Lunatic asylums Central Provinces reports 1874-1885 - 1874-1885
Year: 1874
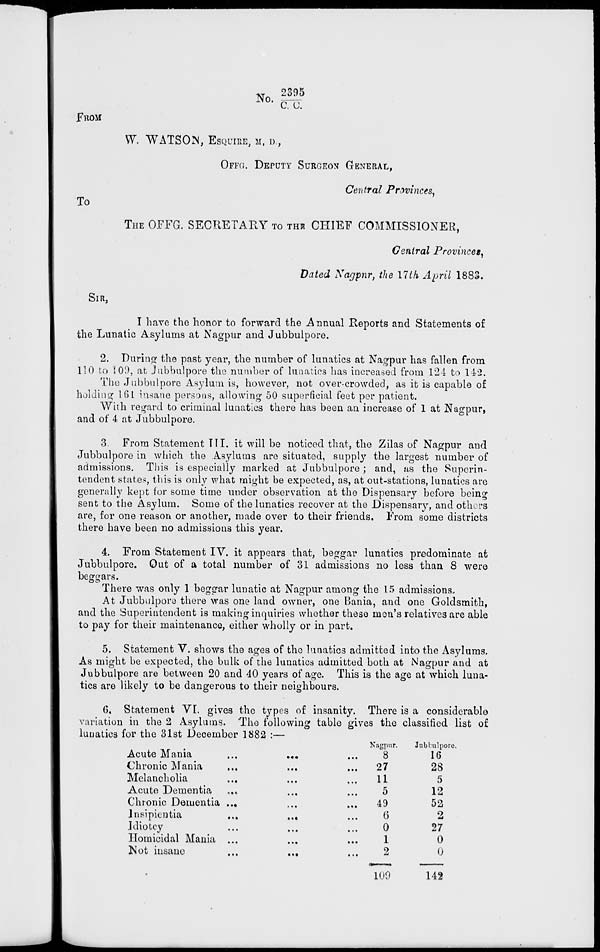
No. 2395/C.C.
FROM
W. WATSON, ESQUIRE, M, D.,
OFFG. DEPUTY SURGEON GENERAL,
Central Provinces,
To
THE OFFG. SECRETARY TO THE CHIEF COMMISSIONER,
Central Provinces,
Dated Nagpur, the 17th April 1883.
SIR,
I have the honor to forward the Annual Reports and Statements of
the Lunatic Asylums at Nagpur and Jubbulpore.
2. During the past year, the number of lunatics at Nagpur has fallen from
110 to 109, at Jubbulpore the number of lunatics has increased from 124 to 142.
The Jubbulpore Asylum is, however, not over-crowded, as it is capable of
holding 161 insane persons, allowing 50 superficial feet per patient.
With regard to criminal lunatics there has been an increase of 1 at Nagpur,
and of 4 at Jubbulpore.
3. From Statement III. it will be noticed that, the Zilas of Nagpur and
Jubbulpore in which the Asylums are situated, supply the largest number of
admissions. This is especially marked at Jubbulpore; and, as the Superin-
tendent states, this is only what might be expected, as, at out-stations, lunatics are
generally kept for some time under observation at the Dispensary before being
sent to the Asylum. Some of the lunatics recover at the Dispensary, and others
are, for one reason or another, made over to their friends. From some districts
there have been no admissions this year.
4. From Statement IV. it appears that, beggar lunatics predominate at
Jubbulpore. Out of a total number of 31 admissions no less than 8 were
beggars.
There was only 1 beggar lunatic at Nagpur among the 15 admissions.
At Jubbulpore there was one land owner, one Bania, and one Goldsmith,
and the Superintendent is making inquiries whether these men's relatives are able
to pay for their maintenance, either wholly or in part.
5. Statement V. shows the ages of the lunatics admitted into the Asylums.
As might be expected, the bulk of the lunatics admitted both at Nagpur and at
Jubbulpore are between 20 and 40 years of age. This is the age at which luna-
tics are likely to be dangerous to their neighbours.
6. Statement VI. gives the types of insanity. There is a considerable
variation in the 2 Asylums. 'The following table gives the classified list of
lunatics for the 31st December 1882 :—
Acute Mania ... ... ...
Chronic Mania ... ... ...
Melancholia ... ... ...
Acute Dementia ... ... ...
Chronic Dementia ... ... ...
Insipientia
...
...
...
Idiotcy ... ... ...
Homicidal Mania ... ... ...
Not insane ... ...
...
Nagpur.
8
27
11
5
49
6
0
1
2
109
Jubbulpore.
16
28
5
12
52
2
27
0
0
142